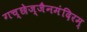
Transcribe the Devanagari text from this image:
गच्छेज्जैनमंदिरम्‌